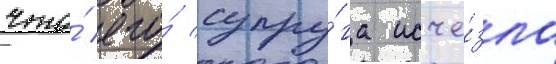
что́ его́ супру́га исче́зла